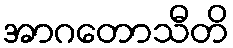
အာဂတောသီတိ